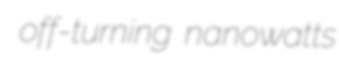
off-turning nanowatts